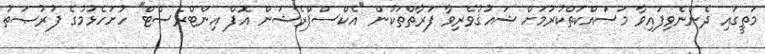
މަތީގައި ދެންނެވިފައިވާ މަސައްކަތްކުރުމަށް ޝައުޤުވެރިވާ ފަރާތްތަކުން "އެކްސްޕްރެޝަން އޮފް އިންޓްރެސްޓް" ހުށަހެޅުމުގެ ފުރުޞަތު